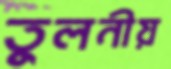
তুলনীয়